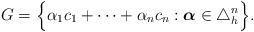
LaTeX: \begin{align*} G = \Big\{ \alpha_1 c_1 + \cdots + \alpha_n c_n : \boldsymbol{\alpha} \in \triangle^n_h \Big\} .\end{align*}